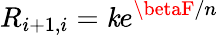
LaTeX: R_{i+1,i}=\mathit{k}e^{\betaF/n}